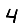
Digit: 4